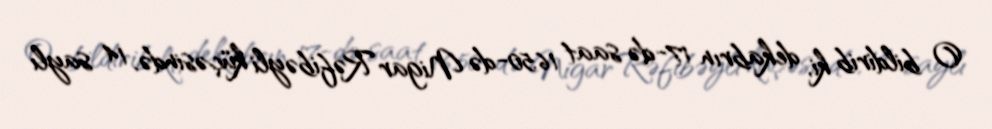
O bildirib ki, dekabrın 17-də saat 16:50-də Nigar Rəfibəyli küçəsində, 14 saylı